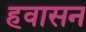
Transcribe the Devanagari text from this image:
हवासन